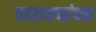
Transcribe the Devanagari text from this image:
पारायणांच्या